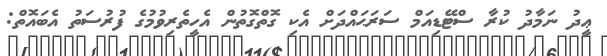
ޢީދު ނަމާދު ކުރާ ސްޓޭޑިއަމް ސަރަޙައްދަށް އެކި ގޮތްގޮތުން އެހީތެރިވުމުގެ ފުރުސަތު އެބައޮތް: